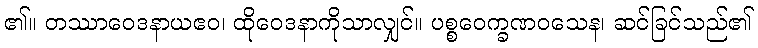
၏။ တဿာဝေဒနာယဧဝ၊ ထိုဝေဒနာကိုသာလျှင်။ ပစ္စဝေက္ခဏဝသေန၊ ဆင်ခြင်သည်၏